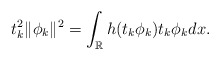
\begin{align*}{t_k^2\|\phi_k\|^2=\int_{\mathbb R} h(t_k\phi_k)t_k\phi_kdx.}\end{align*}